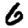
Digit: 6